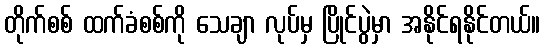
တိုက်စစ် ထက်ခံစစ်ကို သေချာ လုပ်မှ ပြိုင်ပွဲမှာ အနိုင်ရနိုင်တယ်။